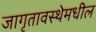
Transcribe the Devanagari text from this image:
जागृतावस्थेमधील